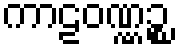
ကာဠဝဏ္ဏဉ္စ